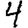
Digit: 4